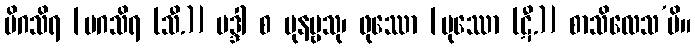
မိဂသိရ [မဂသိရ (သီ.)] မဒ္ဒါ စ ပုနဗ္ဗသု၊ ဖုဿော [ပုဿော (ဋီ.)] စာသိလေသ’ပိ။